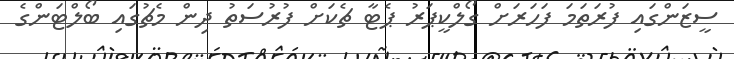
ސީޒަންގައި ފުރަތަމަ ފަހަރަށް ގޯލްކީޕަރު ޕެޓާ ޗެކަށް ފުރުސަތު ދިން މެޗުގައި ބޯލްޓަންގެ